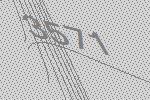
3571